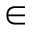
\in